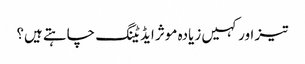
تیز اور کہیں زیادہ موثر ایڈیٹنگ چاہتے ہیں؟